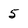
Character: 5